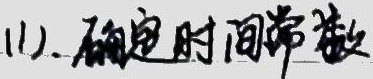
(1). 确定时间常数